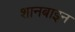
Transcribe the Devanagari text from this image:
शानबाइन